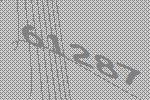
61287